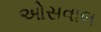
ઓસવાલ